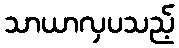
သာယာလှပသည့်